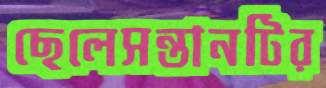
ছেলেসন্তানটির